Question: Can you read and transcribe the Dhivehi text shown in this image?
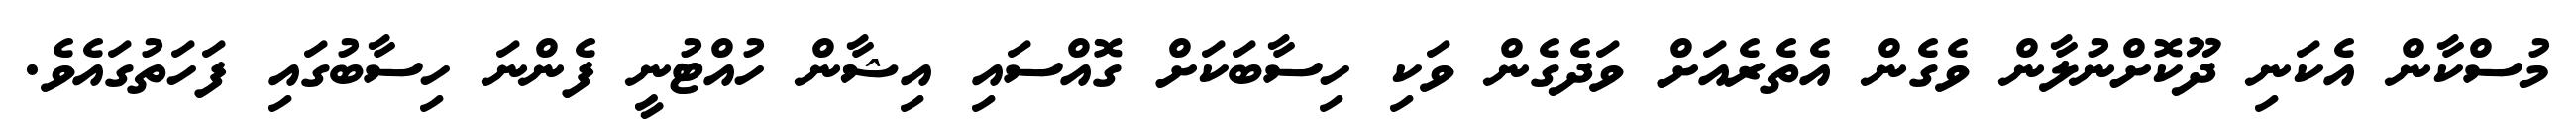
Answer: މުސްކާން އެކަނި ދޫކޮށްނުލާން ވެގެން އެތެރެއަށް ވަދެގެން ވަކި ހިސާބަކަށް ގޮއްސައި އިޝާން ހުއްޓުނީ ފެންނަ ހިސާބުގައި ފަހަތުގައެވެ.